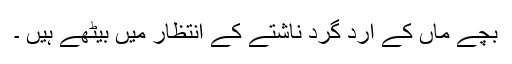
بچے ماں کے ارد گرد ناشتے کے انتظار میں بیٹھے ہیں ۔